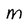
Character: M